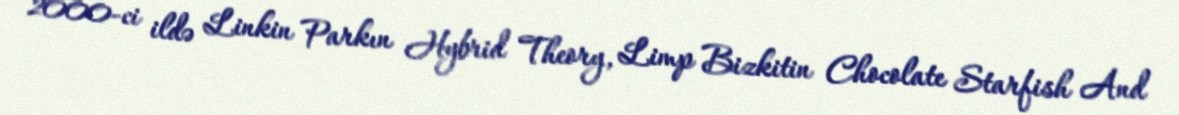
2000-ci ildə Linkin Parkın Hybrid Theory, Limp Bizkitin Chocolate Starfish And